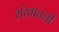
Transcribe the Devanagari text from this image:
शंखातली